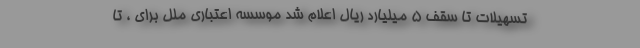
تسهیلات تا سقف 5 میلیارد ریال اعلام شد موسسه اعتباری ملل برای ، تا